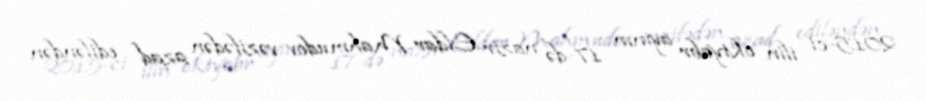
2015-ci ilin oktyabr ayının 17-də nazir Eldar Mahmudov vəzifədən azad ediləndən